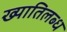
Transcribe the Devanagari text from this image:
ख्‍यातिलब्‍ध